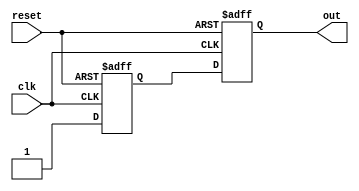
//behavior modelled AASD design

`timescale 1 ns / 1 ns
module aasd(clk, reset, out);
input clk, reset;
output reg out;
reg a1;
always @ (negedge reset or posedge clk)
if (!reset) 
begin 
a1 <= 0; 
out <= 0; 
end
else begin
a1 <= 1; 
out <= a1; 
end 
endmodule